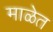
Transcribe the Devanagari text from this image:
माळेत